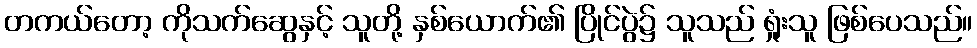
တကယ်တော့ ကိုသက်ဆွေနှင့် သူတို့ နှစ်ယောက်၏ ပြိုင်ပွဲ၌ သူသည် ရှုံးသူ ဖြစ်ပေသည်။